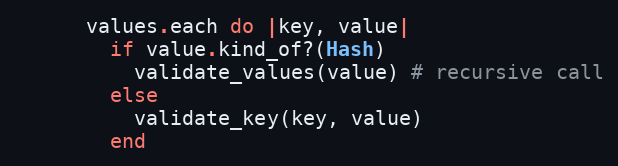
Language: Ruby
      values.each do |key, value|
        if value.kind_of?(Hash)
          validate_values(value) # recursive call
        else
          validate_key(key, value)
        end